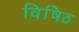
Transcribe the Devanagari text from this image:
विषिठ